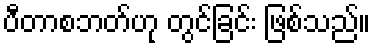
ပီတာစဘတ်ဟု တွင်ခြင်း ဖြစ်သည်။